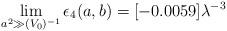
LaTeX: \begin{align*}\lim_{a^2 \gg (V_0)^{-1}}\epsilon_4(a,b)=[-0.0059]\lambda^{-3}\end{align*}